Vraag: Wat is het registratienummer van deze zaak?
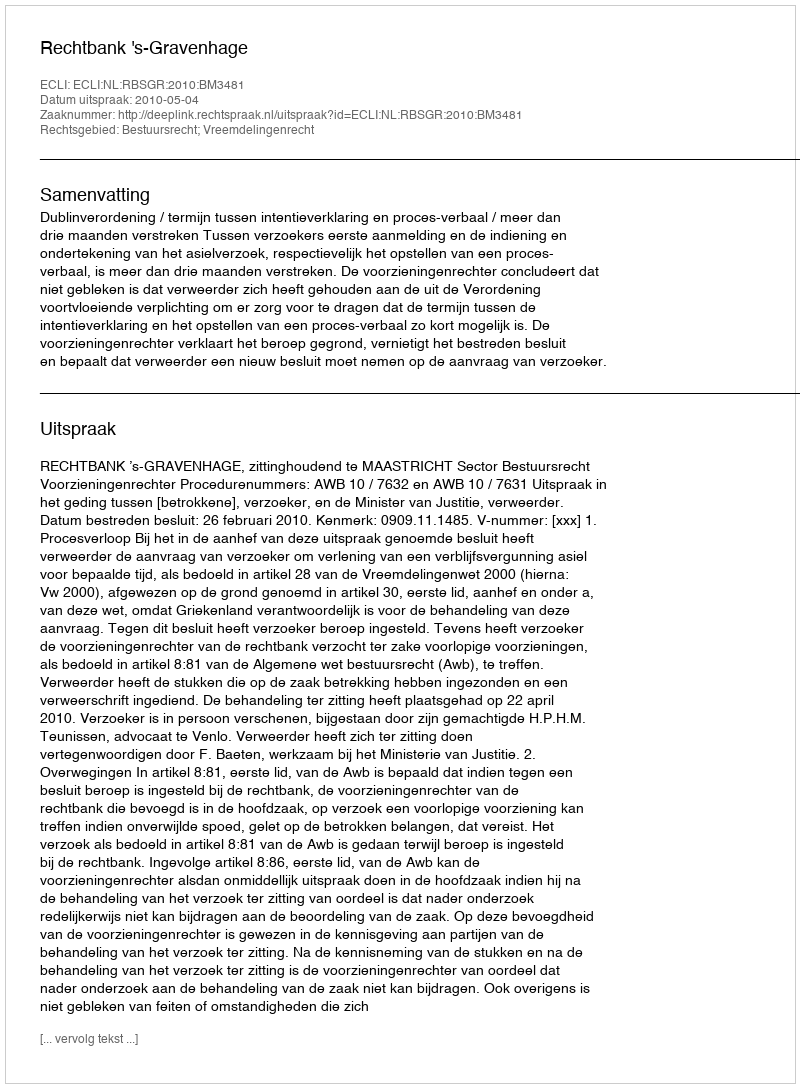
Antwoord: http://deeplink.rechtspraak.nl/uitspraak?id=ECLI:NL:RBSGR:2010:BM3481